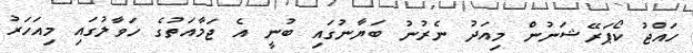
ހައްޖު ކޯޕަރޭޝަނުން މިއަދު ނެރުނު ބަޔާނުގައި ބުނީ އެ ޖަމާއަތުގެ ހަވާލުގައި މިއަހަރު